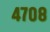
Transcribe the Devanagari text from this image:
४७०८